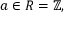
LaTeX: a \in R = \mathbb { Z } ,